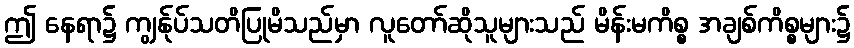
ဤ နေရာ၌ ကျွန်ုပ်သတိပြုမိသည်မှာ လူတော်ဆိုသူများသည် မိန်းမကိစ္စ အချစ်ကိစ္စများ၌